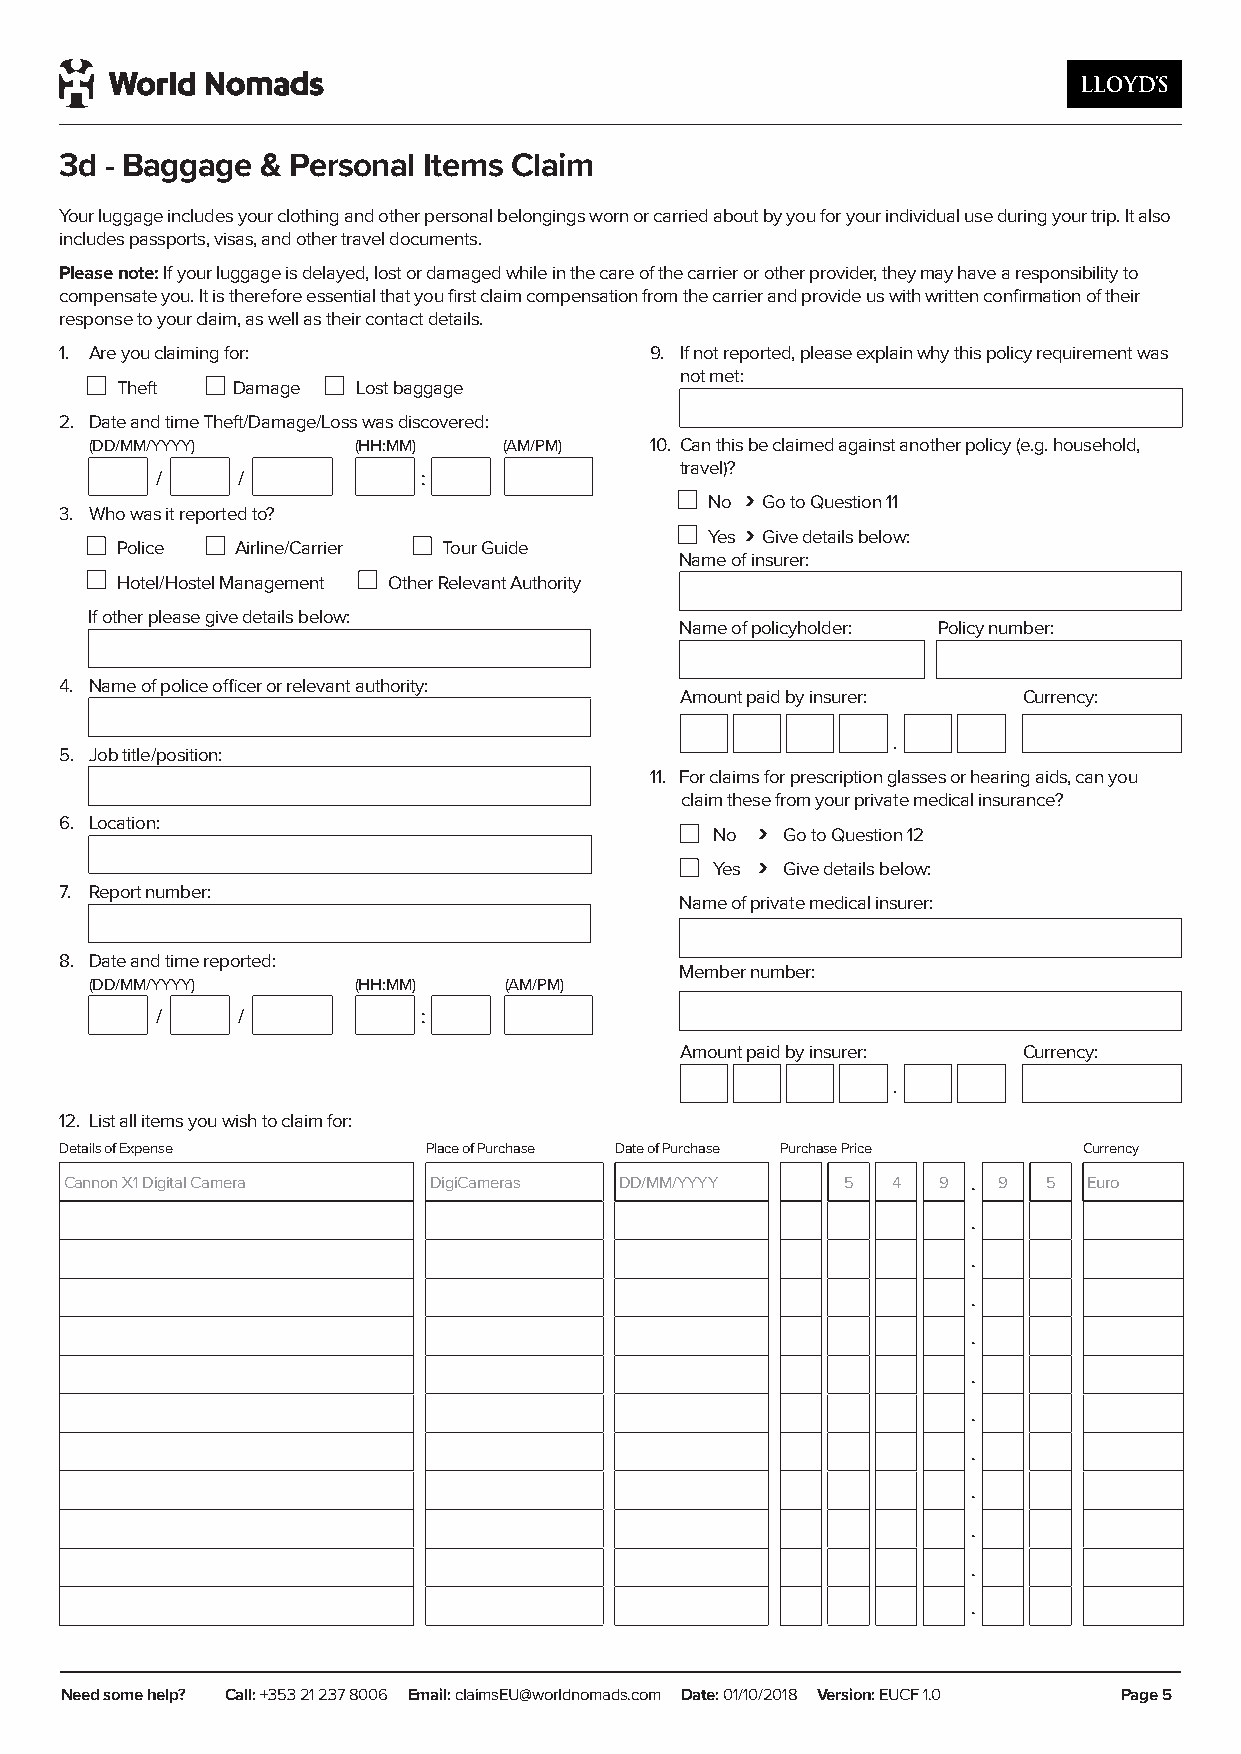
3d - Baggage & Personal Items Claim
 Your luggage includes your clothing and other personal belongings worn or carried about by you for your individual use during your trip. It also
 includes passports, visas, and other travel documents.
 Please note: If your luggage is delayed, lost or damaged while in the care of the carrier or other provider, they may have a responsibility to
 compensate you. It is therefore essential that you first claim compensation from the carrier and provide us with written confirmation of their
 response to your claim, as well as their contact details.
 1. Are you claiming for:               9. If not reported, please explain why this policy requirement was
 not met:
 Theft  Damage   Lost baggage
 2. Date and time Theft/Damage/Loss was discovered:
 (DD/MM/YYYY)     (HH:MM)   (AM/PM)   10. Can this be claimed against another policy (e.g. household,
 travel)?
 /     /           :
 ›
 No Go to Question 11
 3. Who was it reported to?
 ›
 Yes Give details below:
 Police  Airline/Carrier Tour Guide
 Name of insurer:
 Hotel/Hostel Management Other Relevant Authority
 If other please give details below:
 PNoalmicye Nofu pmobliecry:holder: Policy number:
 4. Name of police officer or relevant authority:
 AAmmoouunntt Ppaaiidd bbyy Iinnssuurreerr:: Currency:
 $              .
 .
 5. Job title/position:
 11. If you are claiming for prescription glasses or a hearing aid,
 11. For claims for prescription glasses or hearing aids, can you
 are these items claimable against your private health fund?
 claim these from your private medical insurance?
 ›
 6. Location:                               No ›G o to Question 12
 No   Go to Question 12
 ›
 Yes ›G i ve details below
 Yes  Give details below:
 7. Report number:                        Name of Fund:
 Name of private medical insurer:
 8. Date and time reported:               Member Number:
 Member number:
 (DD/MM/YYYY)     (HH:MM)   (AM/PM)
 /     /           :
 Amount Paid by Health Insurer:
 Amount paid by insurer: Currency:
 $              .
 .
 12. List all items you wish to claim for:
 Details of Expense      Place of Purchase Date of Purchase Purchase Price Currency
 Cannon X1 Digital Camera DigiCameras DD/MM/YYYY     5  4  9 . 9  5  Euro
 .
 .
 .
 .
 .
 .
 .
 .
 .
 .
 .
 NNeeeedd ssoommee hheellpp?? CaClal:l l+: 3+5631 22 18 223673 80040867 o r E13m0a0il :6 c2la5i m22sE9U @worEldmnaoiml: caldasim.csoAmU S @ Dwaoterl:d 0n1o/1m0a/2d0s1.c8o m V.aeur s ion: EDUaCteF: 31.10/0 8 / 1 8 V e r s io n : 1 . 0 PaPgaeg e5 5